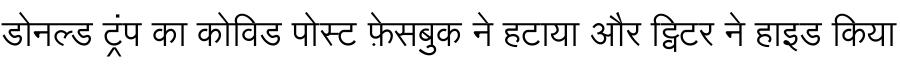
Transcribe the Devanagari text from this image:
डोनल्ड ट्रंप का कोविड पोस्ट फ़ेसबुक ने हटाया और ट्विटर ने हाइड किया